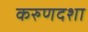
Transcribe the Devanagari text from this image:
करुणदशा